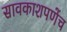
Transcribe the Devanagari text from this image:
सावकाशपणेंच